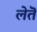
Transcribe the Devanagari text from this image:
लेतॆ